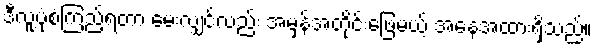
ဒီလူ့ပုံစံကြည့်ရတာ မေးလျှင်လည်း အမှန်အတိုင်းဖြေမယ့် အနေအထားရှိသည်။